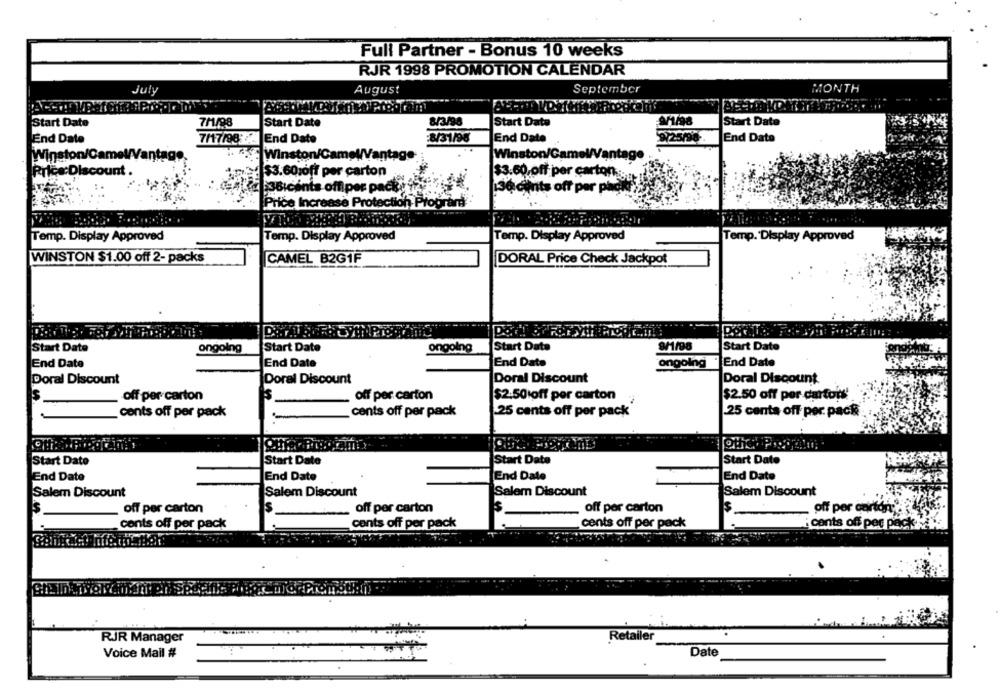
Full Partner - Bonus 10 weeks
RJR 1998 PROMOTION CALENDAR
August
September
MONTH
July
Start Date
7/1/98
Start Date
8/3/98
Start Date
9/1/98
Start Date
End Date
7/17/98
End Date
=8/31/96
End Date
9/25/98
End Date
Winston/Camel/V
Winston/CameWVantage
Winston/GamelVantage
Price:Discount .
$3.60 off per carton
$3.60,off per carton:
36 cents offiper pack
36 cents off per pagi
Price Increase Protection Program
Temp. Display Approved
Temp. Display Approved
Temp. Display Approved
Temp. Display Approved
WINSTON $1.00 off 2- packs
CAMEL B2G1F
DORAL Price Check Jackpot
9/1/96
Start Date
ongoing
Start Date
ongoing
Start Date
Start Date
End Date
End Date
End Date
ongoing
"End Date
Doral Discount
Doral Discount
Doral Discount
Doral Discount
off per carton
off per carton
$2.50 off per carton
$2.50 off per cartons!
conts off per pack
cents off per pack
25 cents off per pack
25 cents off per pack
Start Date
Start Date
Start Date
Start Date
End Date
End Date
End Date
End Date
Salem Discount
Salem Discount
Salem Discount
Salem Discount
off per carton
. off per carton
off per carton
s
off per carton;&
-
cents off per pack
cents off per pack
cents off per pack
cants off per pack v
RJR Manager
Retailer
Voice Mail #
Date